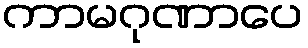
ကာမဂုဏာပေ